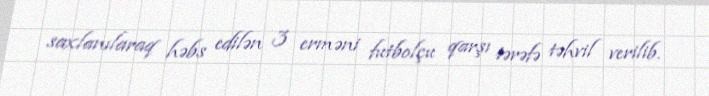
saxlanılaraq həbs edilən 3 erməni futbolçu qarşı tərəfə təhvil verilib.